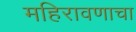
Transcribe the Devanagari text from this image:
महिरावणाचा